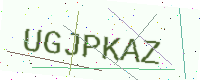
Text: UGJPKAZ